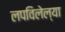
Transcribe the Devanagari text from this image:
लपविलेल्या